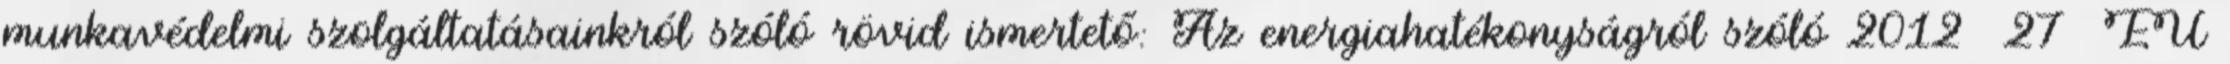
mun­ka­vé­del­mi szol­gál­ta­tá­saink­ról szó­ló rö­vid is­mer­tető: Az ener­gia­ha­té­kony­ság­ról szó­ló 2012 27 EU